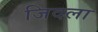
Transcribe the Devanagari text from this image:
जिदला